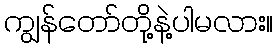
ကျွန်တော်တို့နဲ့ပါမလား။